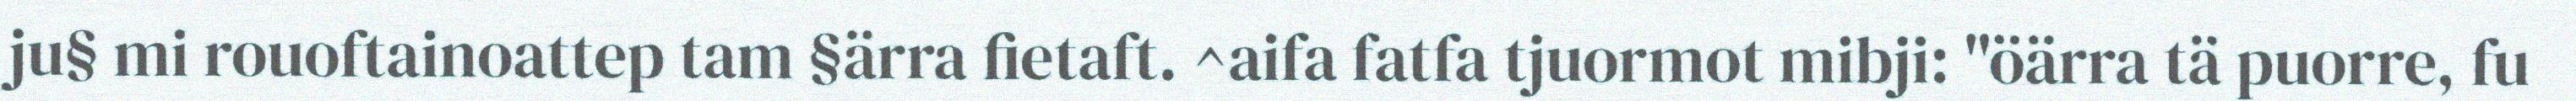
ju§ mi rouoftainoattep tam §ärra fietaft. ^aifa fatfa tjuormot mibji: "öärra tä puorre, fu